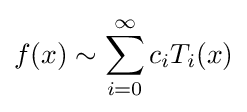
f(x)\sim \sum _{i=0}^{\infty }c_{i}T_{i}(x)